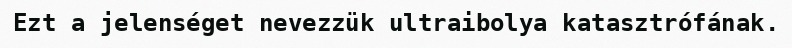
Ezt a jelenséget nevezzük ultraibolya katasztrófának.